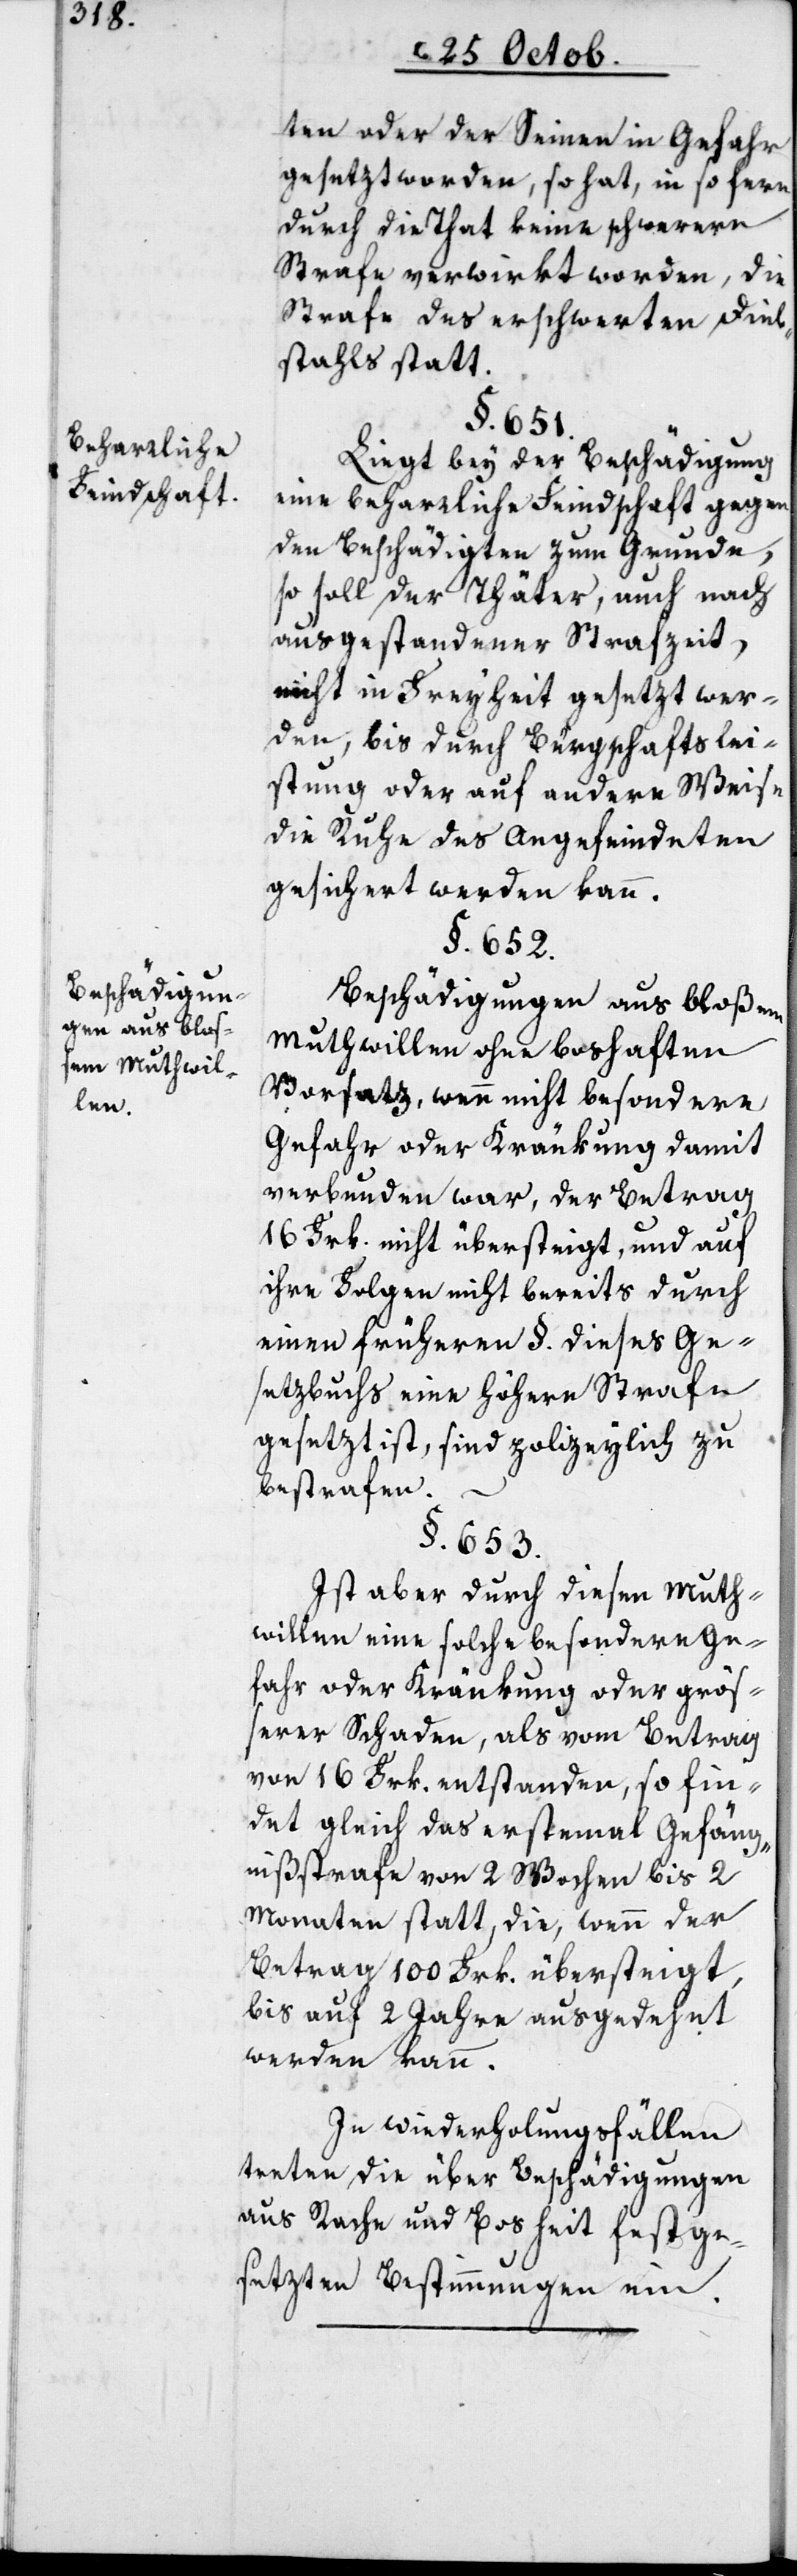
Beharrliche
Feindschaft.
Beschädigun¬
gen aus blo¬
sem Muthwil¬
len.

ten oder der Seinen in Gefahr
gesezt worden, so hat, in so fern
durch die That keine schwerere
Strafe verwirkt worden, die
Strafe des erschwerten Dieb¬
stahls statt.
§. 653.
Liegt bey der Beschädigung
eine beharrliche Feindschaft gegen
den Beschädigten zum Grunde,
so soll der Thäter, auch nach
ausgestandener Strafzeit,
[?nicht] in Freyheit gesetzt wer¬
den, bis durch Bürgschaftslei¬
stung oder auf andere Weise
die Ruhe des Angefeindeten
gesichert werden kann.
Beschädigungen aus bloßem
Muthwillen ohne boshaften
Vorsatz, wenn nicht besondere
Gefahr oder Kränkung damit
verbunden war, der Betrag
16 Frk. nicht übersteigt, und auf
ihre Folgen nicht bereits durch
einen früheren §. dieses Ge¬
setzbuchs eine höhere Strafe
gesezt ist, sind polizeylich zu
bestrafen.
Ist aber durch diesen Muth¬
willen eine solche besondere Ge¬
fahr oder Kränkung oder größ¬
erer Schaden, als vom Betrag
von 16 Frk. entstanden, so fin¬
det gleich das erstemal Gefäng¬
nißstrafe von 2 Wochen bis 2
Monaten statt, die, wenn der
Betrag 100 Frk. übersteigt,
bis auf zwei Jahre ausgedehnt
werden kann.
In Wiederholungsfällen
tretten die über Beschädigungen
aus Rache und Bosheit festge¬
setzten Bestimmungen ein.